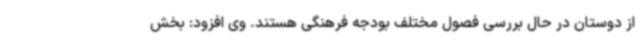
از دوستان در حال بررسی فصول مختلف بودجه فرهنگی هستند. وی افزود: بخش